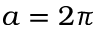
a = 2 \pi